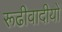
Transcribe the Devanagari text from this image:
रूढीवादीयों